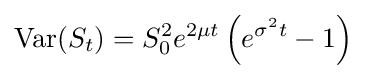
\operatorname {Var} (S_{t})=S_{0}^{2}e^{2\mu t}\left(e^{\sigma ^{2}t}-1\right)